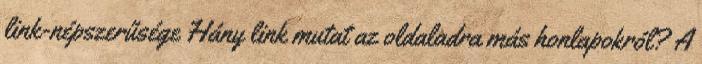
link-népszerűsége Hány link mutat az oldaladra más honlapokról? A